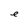
Character: e